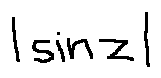
| \sin z |